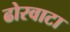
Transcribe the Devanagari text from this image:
ढोरवाटा